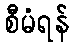
စီမံရန်